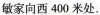
敏家向东400米处.